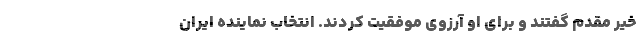
خیر مقدم گفتند و برای او آرزوی موفقیت كردند. انتخاب نماینده ایران